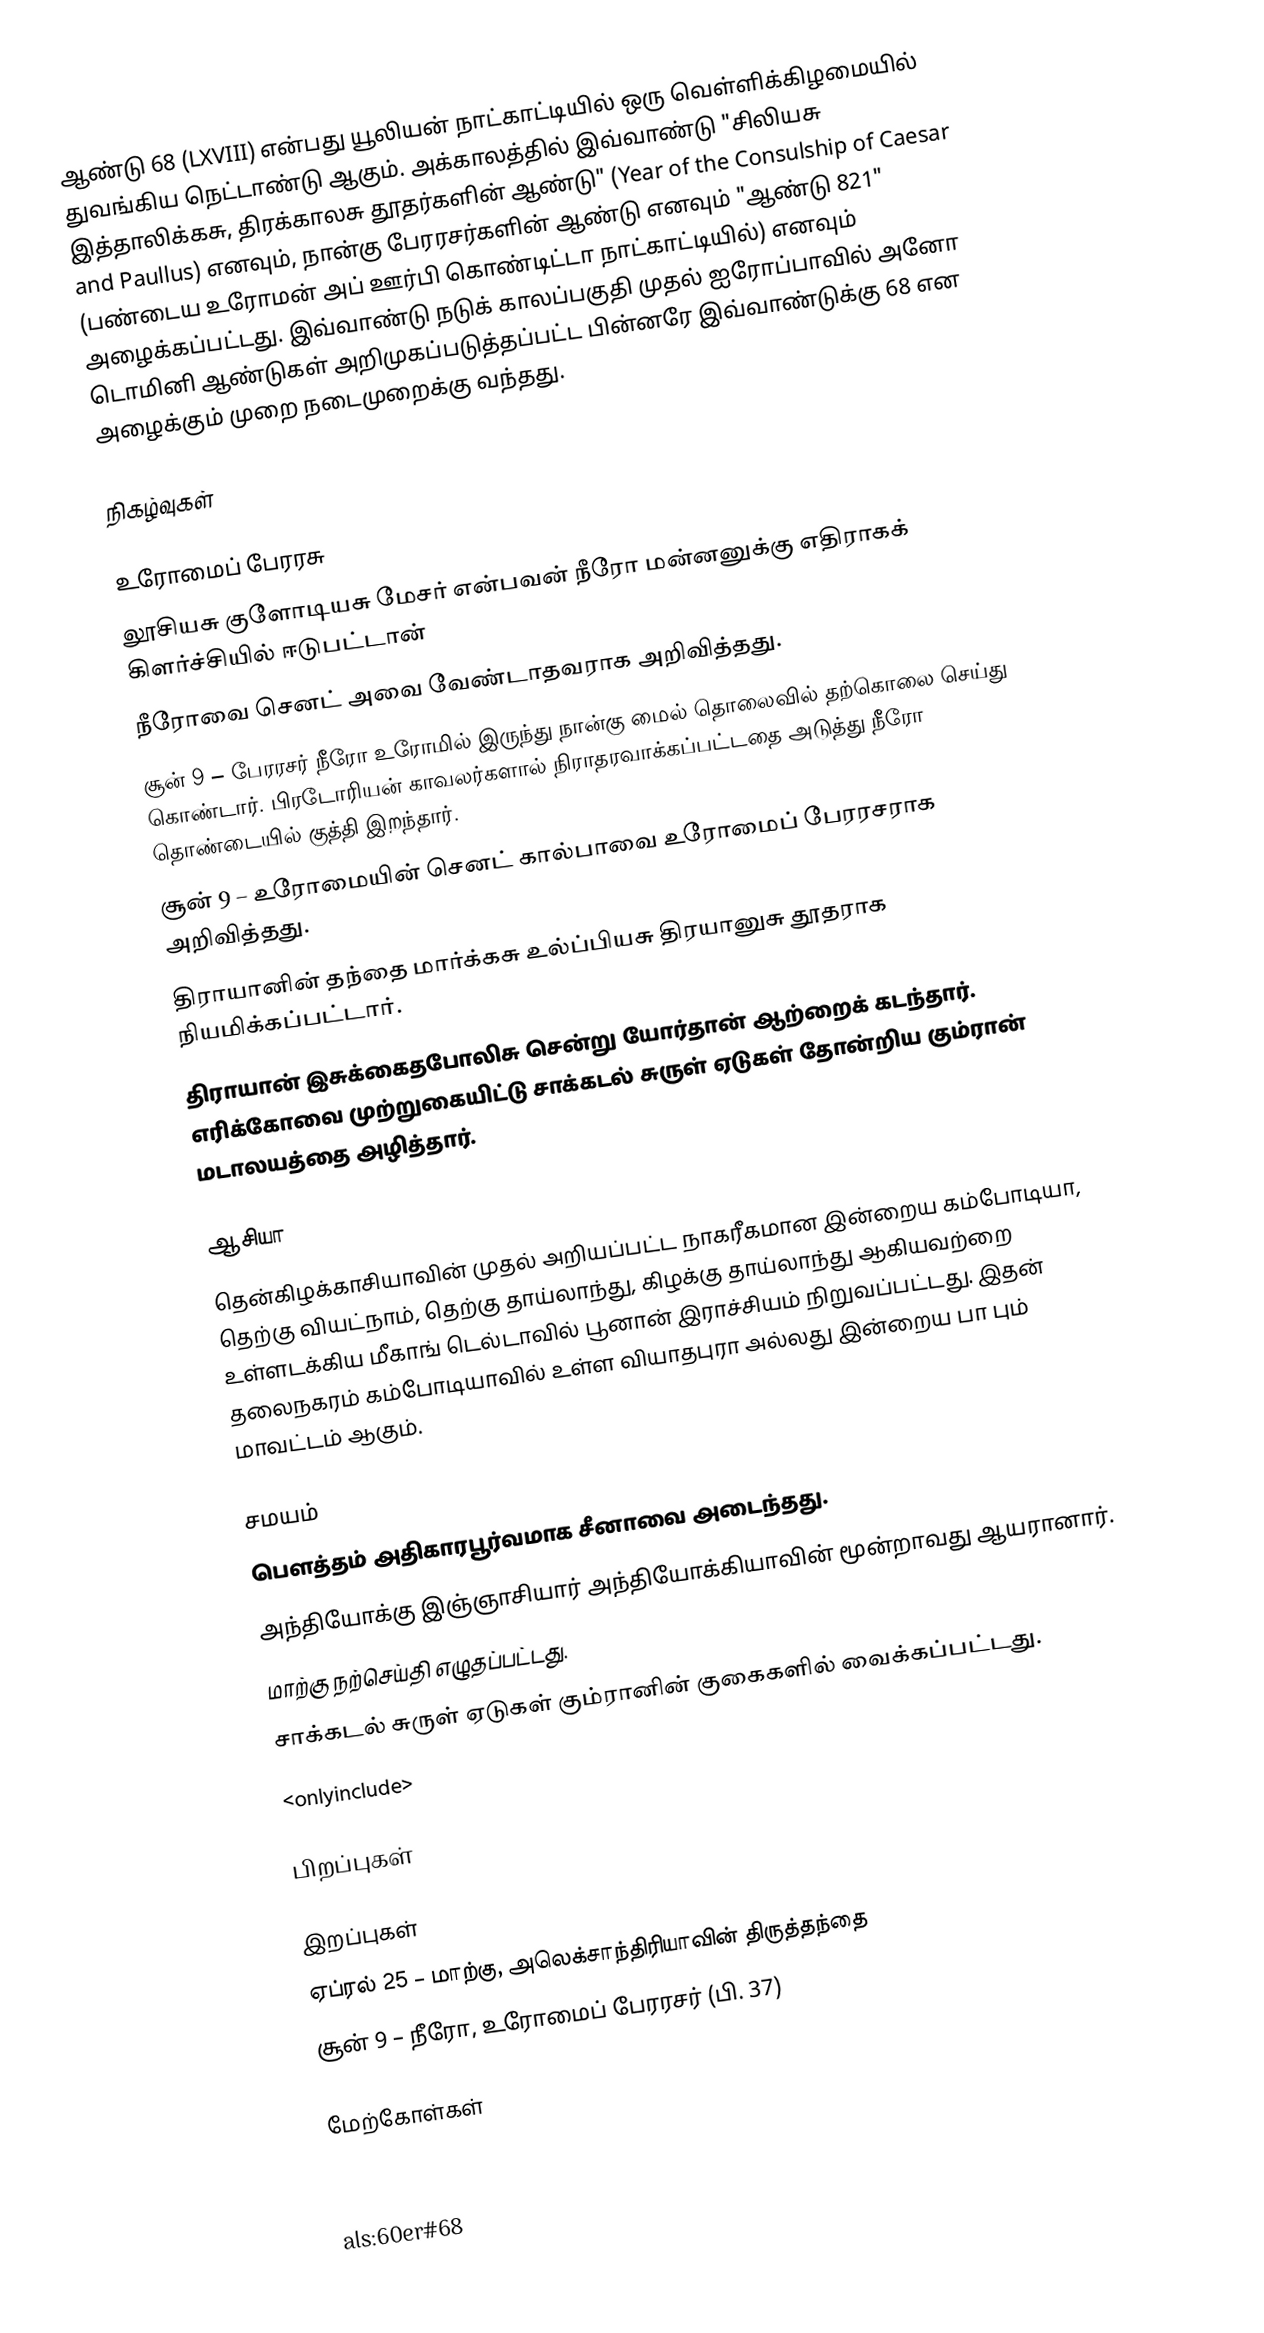
ஆண்டு 68 (LXVIII) என்பது யூலியன் நாட்காட்டியில் ஒரு வெள்ளிக்கிழமையில் துவங்கிய நெட்டாண்டு ஆகும். அக்காலத்தில் இவ்வாண்டு "சிலியசு இத்தாலிக்கசு, திரக்காலசு தூதர்களின் ஆண்டு" (Year of the Consulship of Caesar and Paullus) எனவும், நான்கு பேரரசர்களின் ஆண்டு எனவும் "ஆண்டு 821" (பண்டைய உரோமன் அப் ஊர்பி கொண்டிட்டா நாட்காட்டியில்) எனவும் அழைக்கப்பட்டது. இவ்வாண்டு  நடுக் காலப்பகுதி முதல் ஐரோப்பாவில் அனோ டொமினி ஆண்டுகள் அறிமுகப்படுத்தப்பட்ட பின்னரே இவ்வாண்டுக்கு 68 என அழைக்கும் முறை நடைமுறைக்கு வந்தது.

நிகழ்வுகள்

உரோமைப் பேரரசு
லூசியசு குளோடியசு மேசர் என்பவன் நீரோ மன்னனுக்கு எதிராகக் கிளர்ச்சியில் ஈடுபட்டான்
நீரோவை செனட் அவை வேண்டாதவராக அறிவித்தது.
சூன் 9 – பேரரசர் நீரோ உரோமில் இருந்து நான்கு மைல் தொலைவில் தற்கொலை செய்து கொண்டார். பிரடோரியன் காவலர்களால் நிராதரவாக்கப்பட்டதை அடுத்து நீரோ தொண்டையில் குத்தி இறந்தார்.
சூன் 9 – உரோமையின் செனட் கால்பாவை உரோமைப் பேரரசராக அறிவித்தது.
திராயானின் தந்தை மார்க்கசு உல்ப்பியசு திரயானுசு தூதராக நியமிக்கப்பட்டார்.
திராயான் இசுக்கைதபோலிசு சென்று யோர்தான் ஆற்றைக் கடந்தார். எரிக்கோவை முற்றுகையிட்டு சாக்கடல் சுருள் ஏடுகள் தோன்றிய கும்ரான் மடாலயத்தை அழித்தார்.

ஆசியா
தென்கிழக்காசியாவின் முதல் அறியப்பட்ட நாகரீகமான இன்றைய கம்போடியா, தெற்கு வியட்நாம், தெற்கு தாய்லாந்து, கிழக்கு தாய்லாந்து ஆகியவற்றை உள்ளடக்கிய மீகாங் டெல்டாவில் பூனான் இராச்சியம் நிறுவப்பட்டது. இதன் தலைநகரம் கம்போடியாவில் உள்ள வியாதபுரா அல்லது இன்றைய பா பும் மாவட்டம் ஆகும்.

சமயம்
 பௌத்தம் அதிகாரபூர்வமாக சீனாவை அடைந்தது.
 அந்தியோக்கு இஞ்ஞாசியார் அந்தியோக்கியாவின் மூன்றாவது ஆயரானார்.
 மாற்கு நற்செய்தி எழுதப்பட்டது.
 சாக்கடல் சுருள் ஏடுகள் கும்ரானின் குகைகளில் வைக்கப்பட்டது.
<onlyinclude>

பிறப்புகள்

இறப்புகள்
 ஏப்ரல் 25 – மாற்கு, அலெக்சாந்திரியாவின் திருத்தந்தை
 சூன் 9 – நீரோ, உரோமைப் பேரரசர் (பி. 37)

மேற்கோள்கள்

als:60er#68